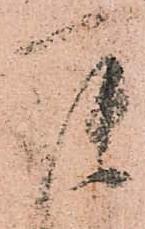
罷